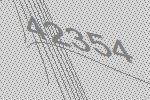
42354